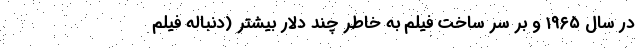
در سال ۱۹۶۵ و بر سر ساخت فیلم به خاطر چند دلار بیشتر (دنباله فیلم